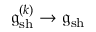
\mathfrak { g } _ { \mathrm { s h } } ^ { ( k ) } \to \mathfrak { g } _ { \mathrm { s h } }